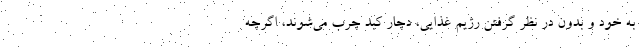
به خود و بدون در نظر گرفتن رژیم غذایی، دچار کبد چرب می‌شوند، اگرچه